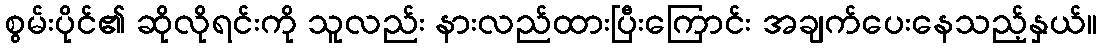
စွမ်းပိုင်၏ ဆိုလိုရင်းကို သူလည်း နားလည်ထားပြီးကြောင်း အချက်ပေးနေသည့်နှယ်။